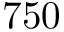
7 5 0